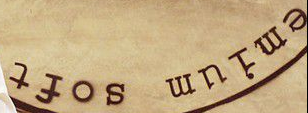
emium soft